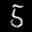
Label: 5